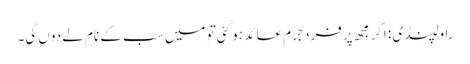
راولپنڈی : اگر مجھ پر فرد جُرم عائد ہو گئی تو میں سب کے نام لے دوں گی۔